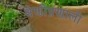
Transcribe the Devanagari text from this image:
श्रेणीप्रणाली